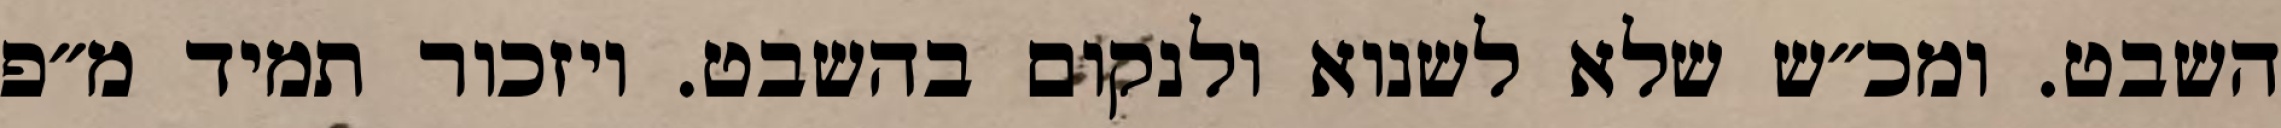
השבט. ומכ״ש שלא לשנוא ולנקום בהשבט. ויזכור תמיד מ״פ